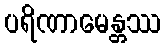
ပရိဏာမေန္တဿ